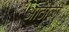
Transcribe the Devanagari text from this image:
आठोळी